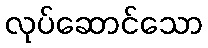
လုပ်ဆောင်သော